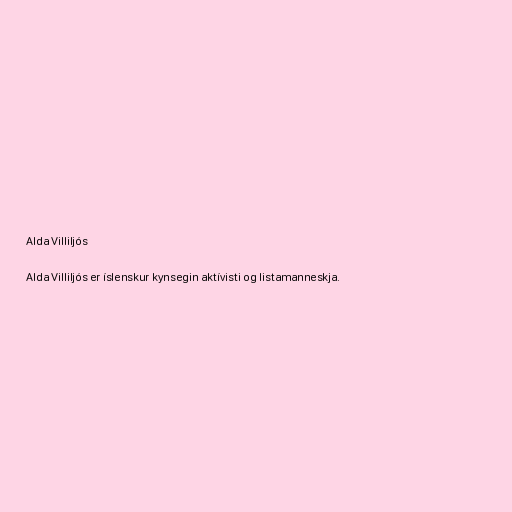
Alda Villiljós

Alda Villiljós er íslenskur kynsegin aktívisti og listamanneskja.